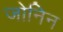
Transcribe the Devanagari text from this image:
जोनिन